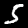
Label: 5